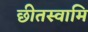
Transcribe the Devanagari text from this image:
छीतस्वामि